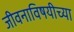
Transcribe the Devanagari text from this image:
जीवनाविषयीच्या